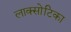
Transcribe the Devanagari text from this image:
लाक्सोटिका